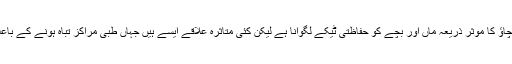
انھوں نے بتایا کی تشنج سے بچاؤ کا موثر ذریعہ ماں اور بچے کو حفاظتی ٹیکے لگوانا ہے لیکن کئی متاثرہ علاقے ایسے ہیں جہاں طبی مراکز تباہ ہونے کے باعث اس کی سہولت موجود نہیں۔